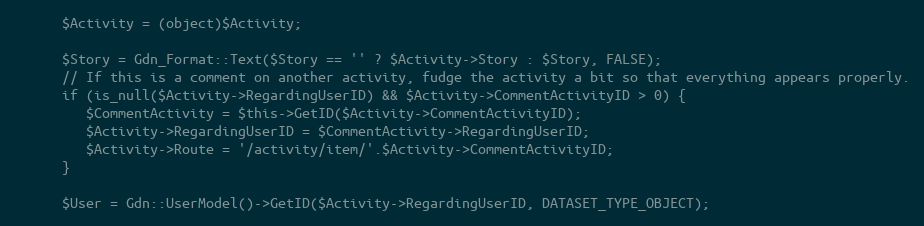
Language: PHP
      $Activity = (object)$Activity;

      $Story = Gdn_Format::Text($Story == '' ? $Activity->Story : $Story, FALSE);
      // If this is a comment on another activity, fudge the activity a bit so that everything appears properly.
      if (is_null($Activity->RegardingUserID) && $Activity->CommentActivityID > 0) {
         $CommentActivity = $this->GetID($Activity->CommentActivityID);
         $Activity->RegardingUserID = $CommentActivity->RegardingUserID;
         $Activity->Route = '/activity/item/'.$Activity->CommentActivityID;
      }

      $User = Gdn::UserModel()->GetID($Activity->RegardingUserID, DATASET_TYPE_OBJECT);